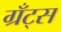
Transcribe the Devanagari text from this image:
ग्रँट्स